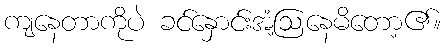
ကျနေတာကိုပဲ ခင်နှောင်းအံ့ဩနေမိတော့၏။